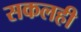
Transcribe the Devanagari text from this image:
सकलही